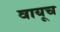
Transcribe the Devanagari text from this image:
वायूच